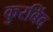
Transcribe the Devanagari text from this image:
कुरबिंद